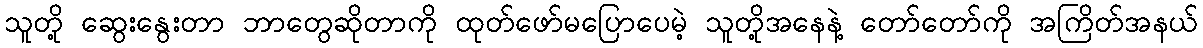
သူတို့ ဆွေးနွေးတာ ဘာတွေဆိုတာကို ထုတ်ဖော်မပြောပေမဲ့ သူတို့အနေနဲ့ တော်တော်ကို အကြိတ်အနယ်